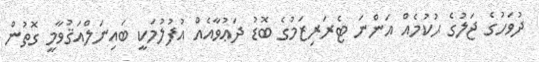
ދުވަހުގެ ޖަލުގެ ޙުކުމެއް އަންނަ ޓެރަރިޒަމުގެ ބޮޑު ދަޢުވާއެއް އުފުލުމަކީ ބައިނަލްއަޤުވާމީ ގޮތުން